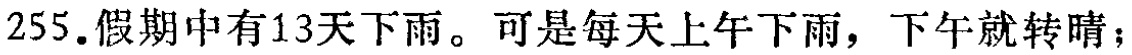
255.假期中有13天下雨。可是每天上午下雨，下午就转晴；